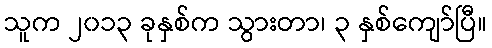
သူက ၂၀၁၃ ခုနှစ်က သွားတာ၊ ၃ နှစ်ကျော်ပြီ။